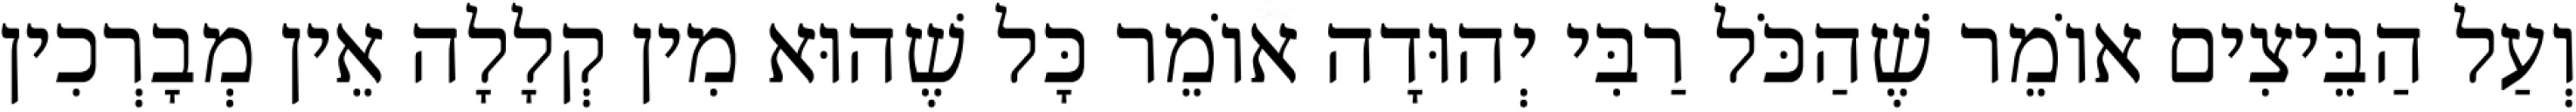
וְעַל הַבֵּיצִים אוֹמֵר שֶׁהַכֹּל רַבִּי יְהוּדָה אוֹמֵר כָּל שֶׁהוּא מִין קְלָלָה אֵין מְבָרְכִין